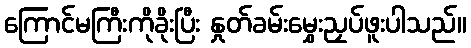
ကြောင်မကြီးကိုခိုးပြီး နှုတ်ခမ်းမွှေးညှပ်ဖူးပါသည်။